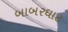
બાબરઘાટ